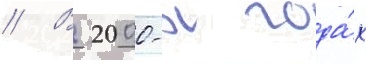
// В 2000-х года́х